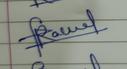
Signature authenticity: genuine